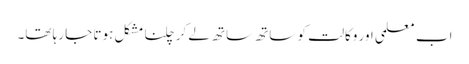
اب معلمی اور وکالت کو ساتھ ساتھ لے کر چلنا مشکل ہوتا جا رہا تھا۔